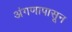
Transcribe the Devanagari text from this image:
अंगणापासून